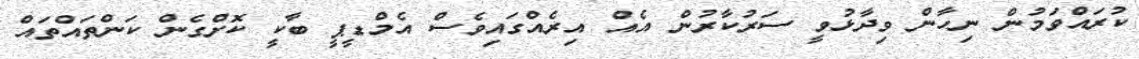
ކުރައްވަމުން ނިހާން ވިދާޅުވީ ސަރުކާރުން އެއް އިރެއްގައިވެސް އެމްޑީޕީ ބާކީ ކޮށްގެން ކަންތައްތައް